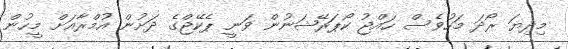
މިދިޔަ ރޯދަ މަހުވެސް ހައްޖު ކޯޕަރޭޝަނުން ވަނީ ޕެކޭޖްގެ ދަށުން އުމްރާއަށް މީހުން